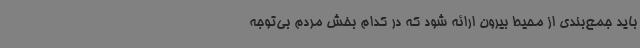
باید جمع‌بندی از محیط بیرون ارائه شود که در کدام بخش مردم بی‌توجه